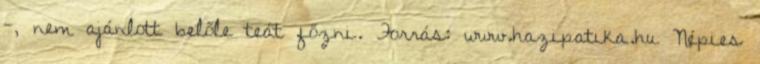
-, nem ajánlott belőle teát főzni. Forrás: www.hazipatika.hu Népies